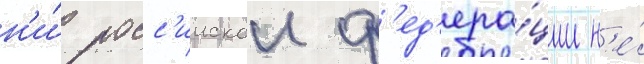
н'и́ росс'иискои ф'ед'ера́ции н'е́